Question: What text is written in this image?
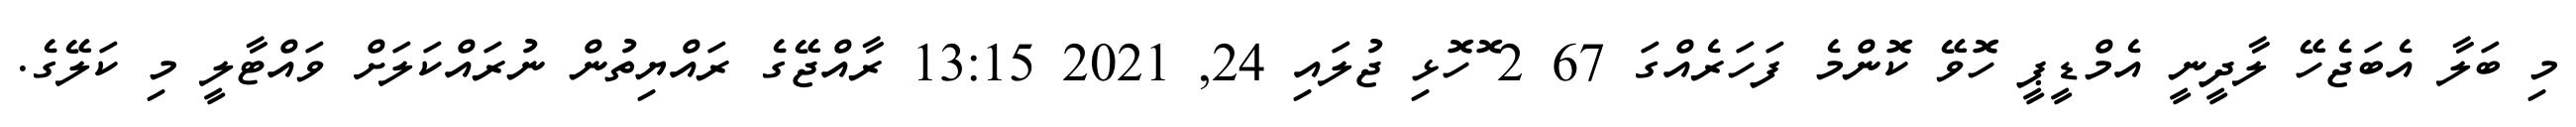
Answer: މި ބަލާ އެބަޖެހޭ ލާދީނީ އެމްޑީޕީ ހޮވޭ ކޮންމެ ފަހަރެއްގަ 67 2 ޮހޮޅި ޖުލައި 24, 2021 13:15 ރާއްޖޭގެ ރައްޔިތުން ނުރައްކަލަށް ވައްޓާލީ މި ކަލޭގެ.